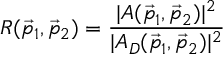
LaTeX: R ( \vec { p } _ { 1 } , \vec { p } _ { 2 } ) = \frac { | A ( \vec { p } _ { 1 } , \vec { p } _ { 2 } ) | ^ { 2 } } { | A _ { D } ( \vec { p } _ { 1 } , \vec { p } _ { 2 } ) | ^ { 2 } }